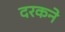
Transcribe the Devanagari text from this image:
दरकने